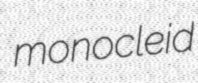
monocleid